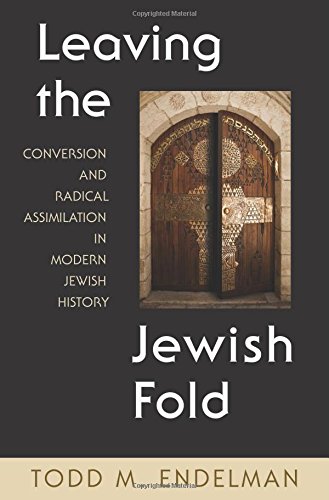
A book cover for Leaving the Jewish Fold: Conversion and Radical Assimilation in Modern Jewish History; Todd Endelman; Religion & Spirituality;